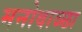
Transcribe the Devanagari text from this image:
मनोवाञ्छा